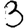
Digit: 3